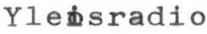
Yleisradio